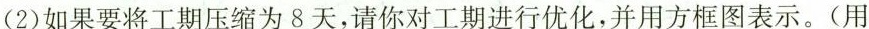
(2)如果要将工期压缩为8天，请你对工期进行优化，（用